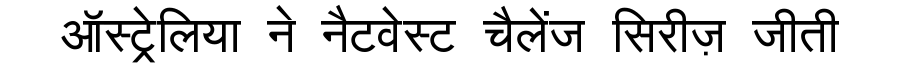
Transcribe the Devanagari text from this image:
ऑस्ट्रेलिया ने नैटवेस्ट चैलेंज सिरीज़ जीती